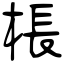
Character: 棖